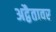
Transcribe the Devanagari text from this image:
अद्वैतावर